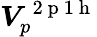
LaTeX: \boldsymbol{V}_{p}^{\mathrm{~2~p~1~h~}}